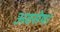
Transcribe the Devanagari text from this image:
अवसेष।